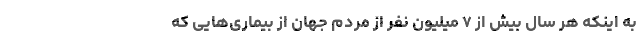
به اینکه هر سال بیش از ۷ میلیون نفر از مردم جهان از بیماری‌هایی که